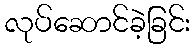
လုပ်ဆောင်ခဲ့ခြင်း